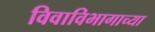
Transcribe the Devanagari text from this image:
विवाविभागाच्या